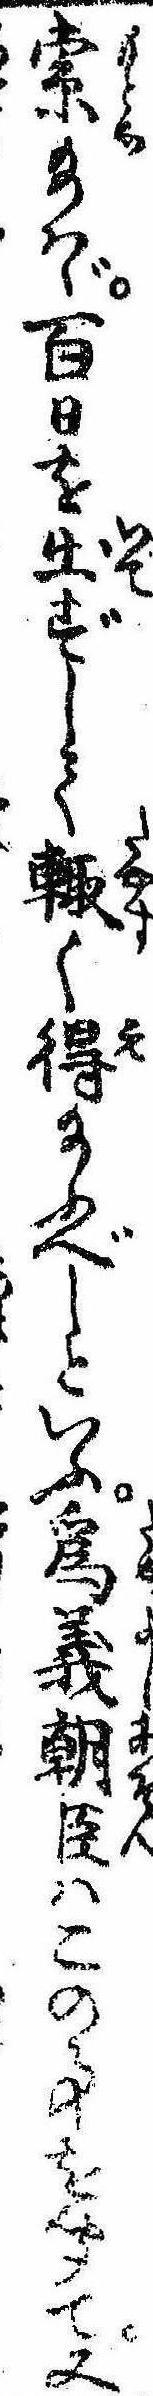
索給はゞ百日を出ずして輙く得給ふべしといふ為義朝臣はこの事を聞て又